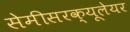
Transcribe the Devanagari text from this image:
सेमीसरक्यूलेयर